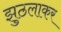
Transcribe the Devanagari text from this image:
झुठलाकर